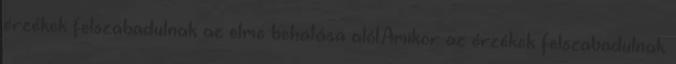
érzékek felszabadulnak az elme behatása alól.Amikor az érzékek felszabadulnak